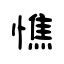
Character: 憔